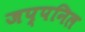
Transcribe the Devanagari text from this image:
जप्पनिल